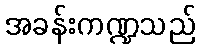
အခန်းကဏ္ဍသည်